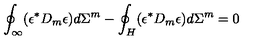
\oint _ { \infty } ( \epsilon ^ { \ast } D _ { m } \epsilon ) d \Sigma ^ { m } - \oint _ { H } ( \epsilon ^ { \ast } D _ { m } \epsilon ) d \Sigma ^ { m } = 0